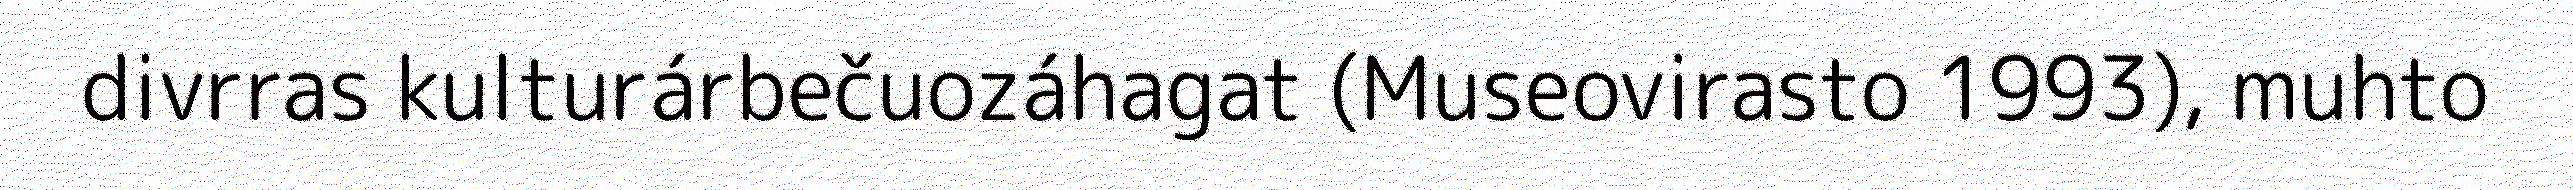
divrras kulturárbečuozáhagat (Museovirasto 1993), muhto